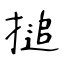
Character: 搥